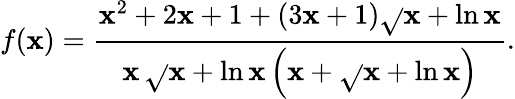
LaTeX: f(\mathbf{x})={\frac{{\mathbf{x}^{2}+2\mathbf{x}+1+(3\mathbf{x}+1){\sqrt{}{{\mathbf{x}+\ln\mathbf{x}}}}}}{{\mathbf{x}\, {\sqrt{}{{\mathbf{x}+\ln\mathbf{x}}}}\left(\mathbf{x}+{\sqrt{}{{\mathbf{x}+\ln\mathbf{x}}}}\right)}}}.